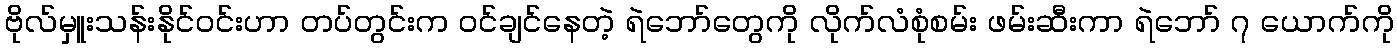
ဗိုလ်မှူးသန်းနိုင်ဝင်းဟာ တပ်တွင်းက ဝင်ချင်နေတဲ့ ရဲဘော်တွေကို လိုက်လံစုံစမ်း ဖမ်းဆီးကာ ရဲဘော် ၇ ယောက်ကို